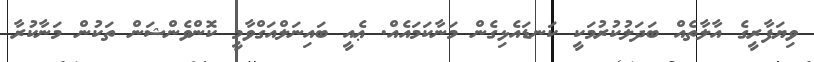
ވިޔަފާރީގެ އާލާތެއް ބަދަލުކުރުމަކީ ކަނޑައެޅިގެން މަނާކަމައެއް. ޢެއީ ބައިނަލްއަގްވާމީ ކޮންވެންޝަން ތަކުން މަނާކުރާ